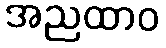
အညထာဝ